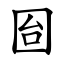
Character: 囼